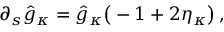
\partial _ { s } \hat { g } _ { \kappa } = \hat { g } _ { \kappa } \big ( - 1 + 2 \eta _ { \kappa } \big ) \, ,